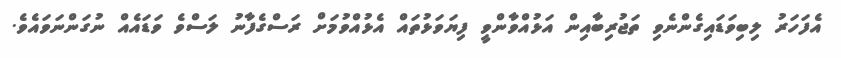
އެފަހަރު ލިބިވަޑައިގެންނެވި ތަޖުރިބާއިން އަޅުއްވާންވީ ފިޔަވަޅުތައް އެޅުއްވުމަށް ރަސްގެފާނު ލަސްވެ ވަޑައެއް ނުގަންނަވައެވެ.